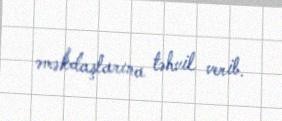
əməkdaşlarına təhvil verib.